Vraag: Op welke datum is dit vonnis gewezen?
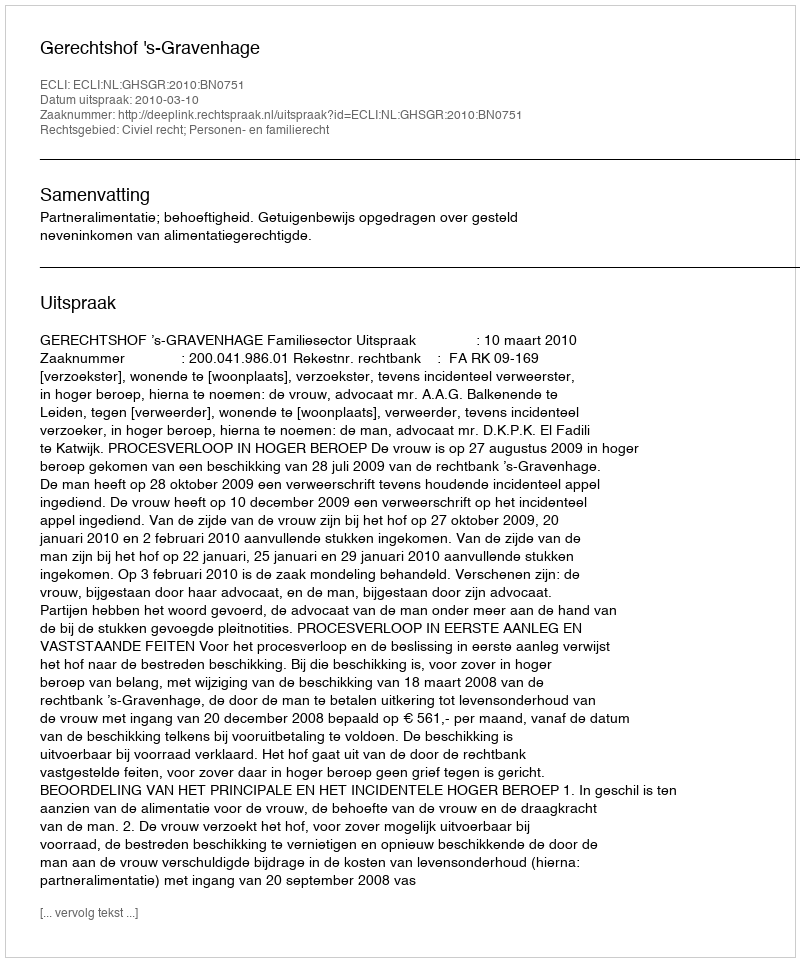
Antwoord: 2010-03-10